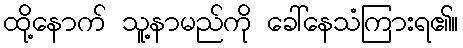
ထို့နောက် သူ့နာမည်ကို ခေါ်နေသံကြားရ၏။